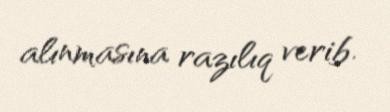
alınmasına razılıq verib.